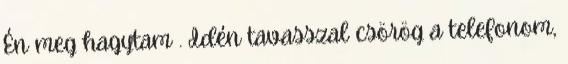
Én meg hagytam . Idén tavasszal csörög a telefonom,